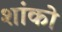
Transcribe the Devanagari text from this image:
शांको